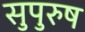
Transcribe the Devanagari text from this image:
सुपुरुष